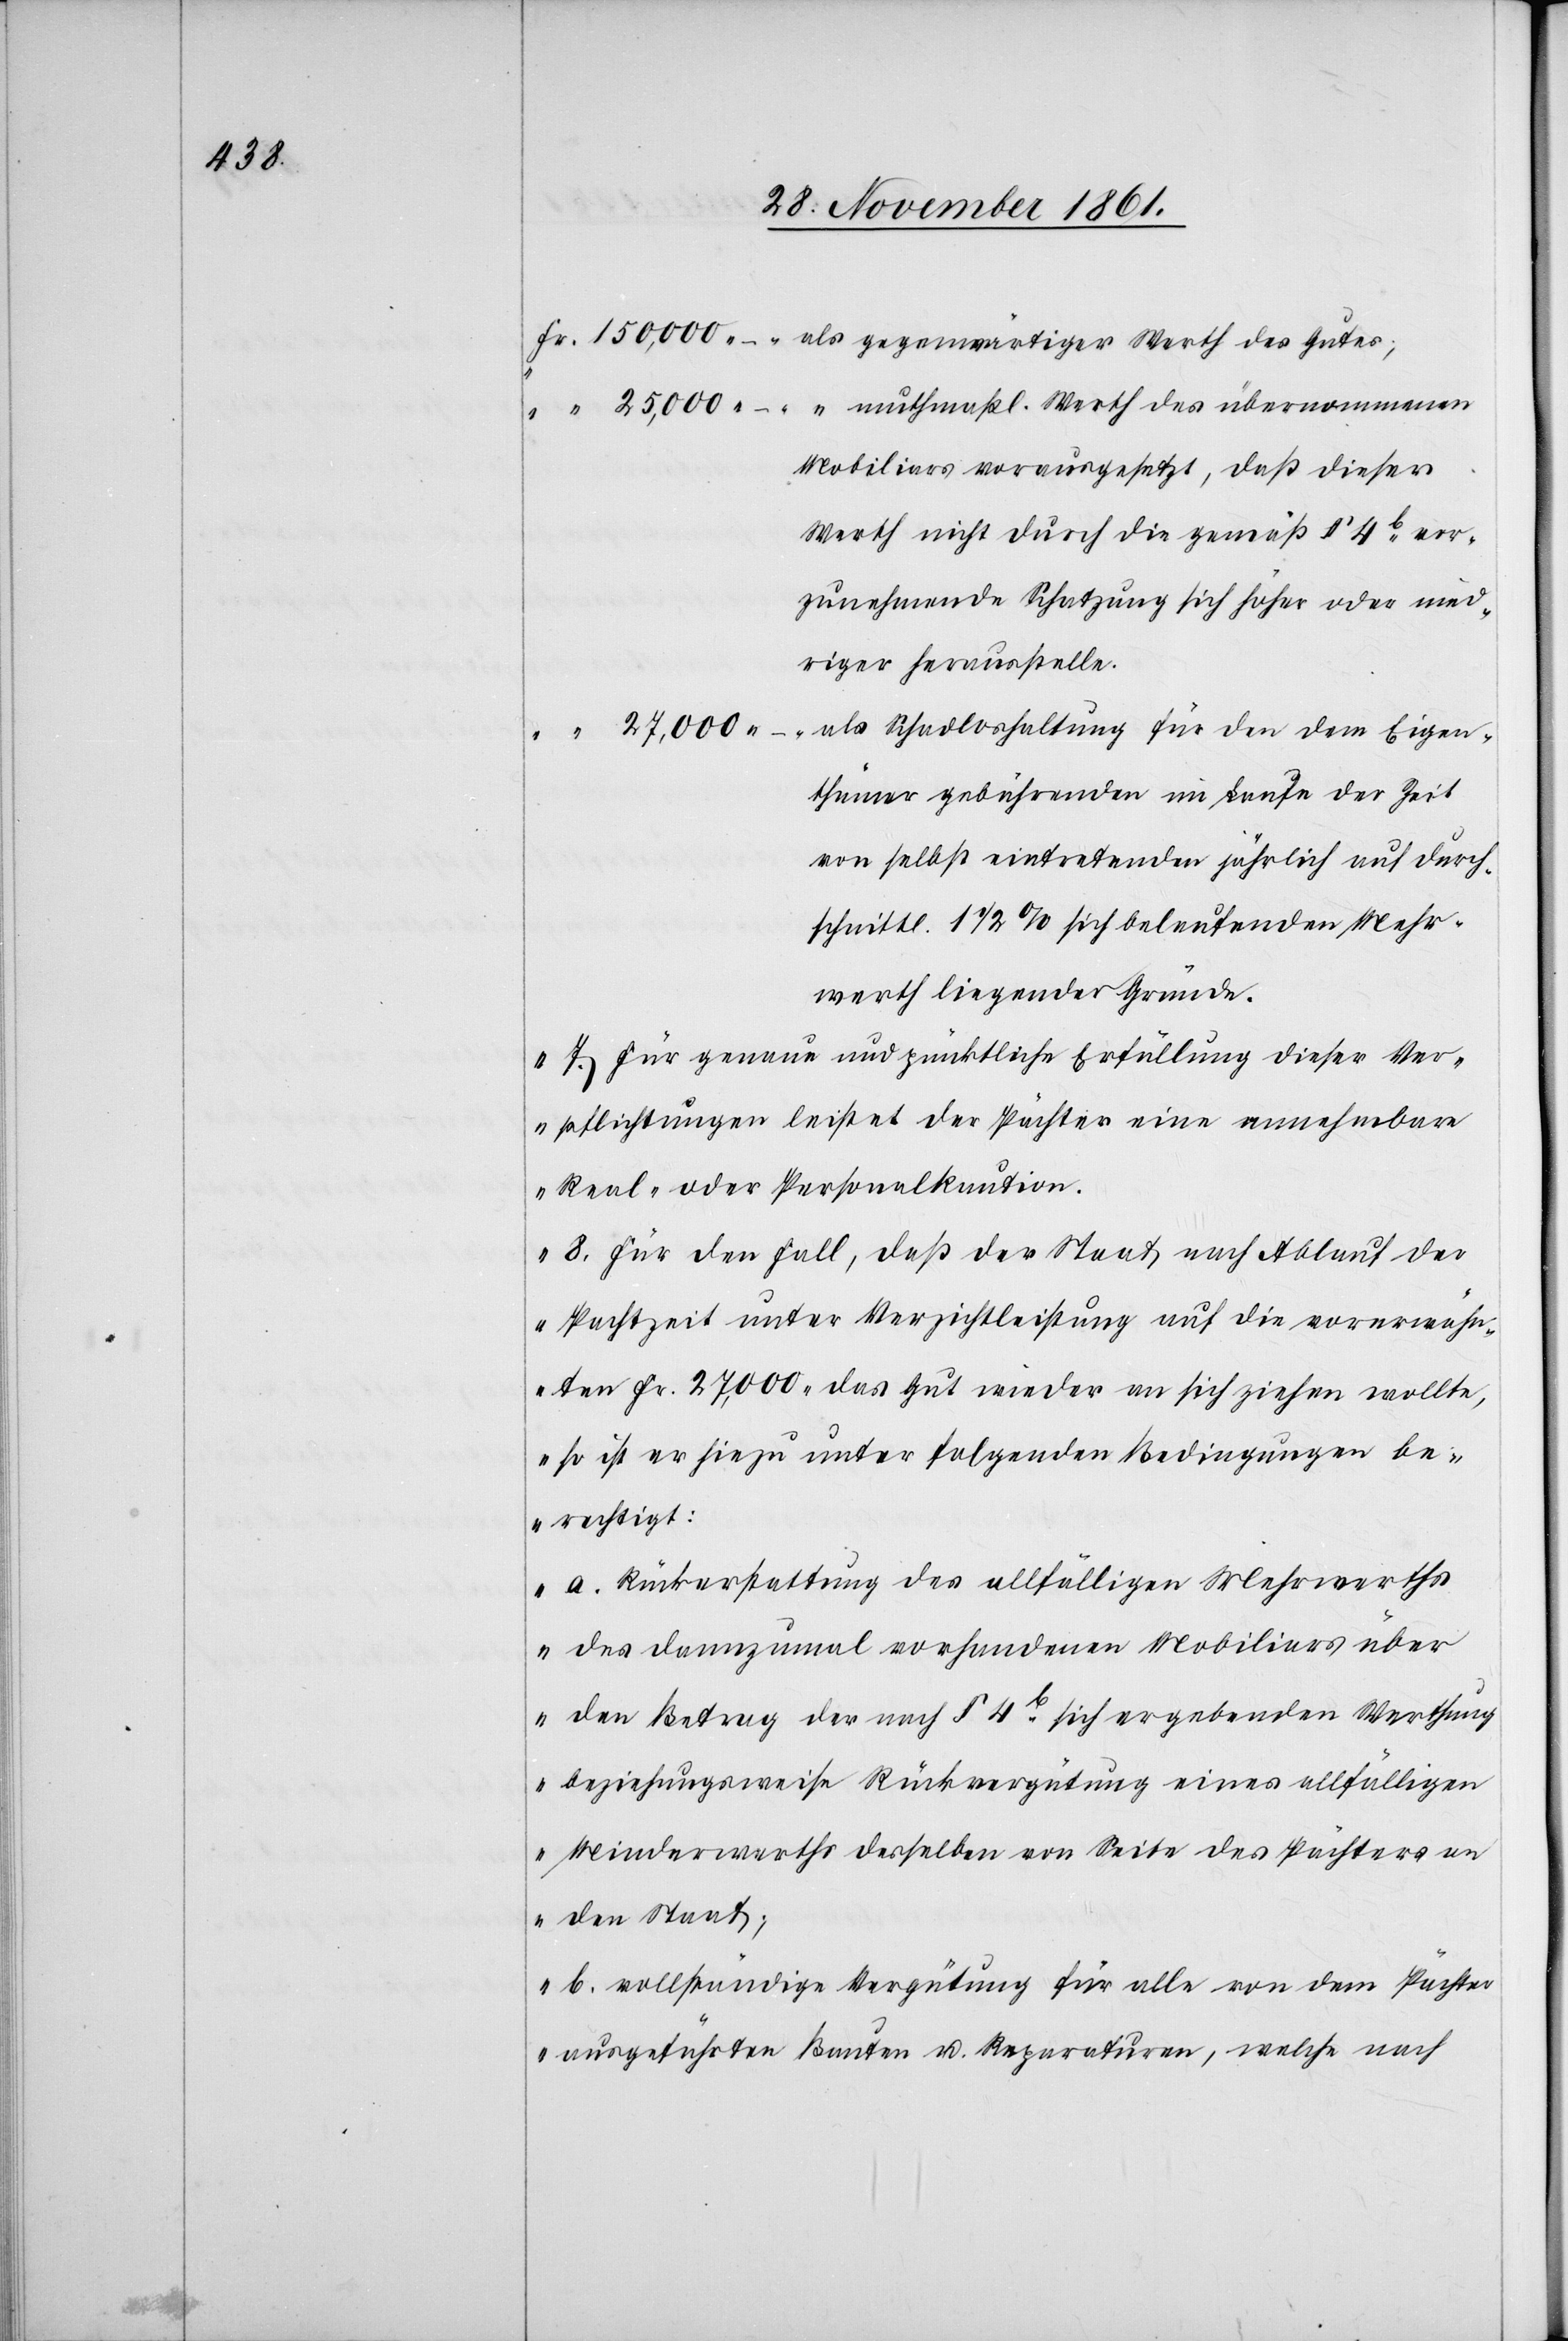
Mehr¬

Fr. 150,000	als gegenwärtiger Werth des Gutes,
“ 25,000	 “ muthmaßl. Werth des übernommenen
Mobiliars vorausgesetzt, daß dieser
Werth nicht durch die gemäß § 4b vor¬
zunehmende Schatzung sich höher oder
niedriger herausstelle.
ls Schadloshaltung für den dem Eigen¬
“ 27,000	a¬
thümer gebührenden im Laufe der Zeit
von selbst eintretenden jährlich auf durch¬
schnittl. 1 1/2 % sich belaufenden
werth liegender Grundstücke.
7. Für genaue und pünktliche Erfüllung dieser Ver¬
pflichtungen leistet der Pächter eine annehmbare
Real- oder Personalkaution.
8. Für den Fall, daß der Staat nach Ablauf der
Pachtzeit unter Verzichtleistung auf die vorerwähn¬
ten Fr. 27,000 das Gut wieder an sich ziehen wollte,
so ist er hiezu unter folgenden Bedingungen be¬
rechtigt:
a. Rückerstattung des allfälligen Mehrwerths
des dannzumal vorhandenen Mobiliars über
den Betrag der nach § 4b sich ergebenden Werthung
beziehungsweise Rückvergütung eines allfälligen
Minderwerths desselben von Seite des Pächters an
den Staat;
b. vollständige Vergütung für alle von dem Pächter
ausgeführten Bauten u. Reparaturen, welche nach